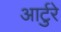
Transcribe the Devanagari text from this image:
आर्टुरे